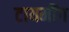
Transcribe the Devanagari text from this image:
टायमींग